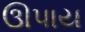
ઊપાય